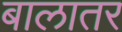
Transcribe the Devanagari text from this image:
बालातर